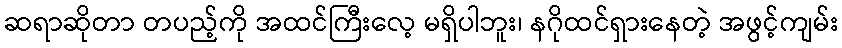
ဆရာဆိုတာ တပည့်ကို အထင်ကြီးလေ့ မရှိပါဘူး၊ နဂိုထင်ရှားနေတဲ့ အဖွင့်ကျမ်း